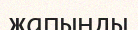
жапынды